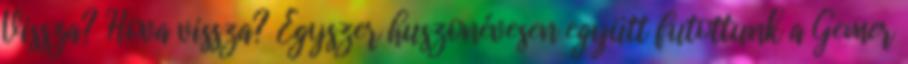
Vissza? Hova vissza? Egyszer huszonévesen együtt futottunk a Gemer